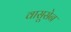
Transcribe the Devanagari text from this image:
वासूसेन